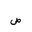
Letter: _sad